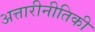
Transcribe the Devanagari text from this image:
अत्तारीनीतिकी